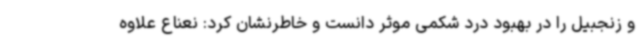
و زنجبیل را در بهبود درد شکمی موثر دانست و خاطرنشان کرد: نعناع علاوه